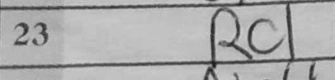
Transcription: Rc1